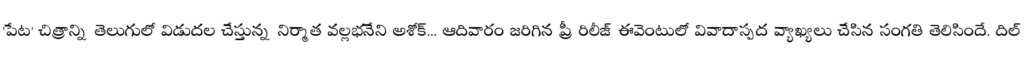
'పేట' చిత్రాన్ని తెలుగులో విడుదల చేస్తున్న నిర్మాత వల్లభనేని అశోక్... ఆదివారం జరిగిన ప్రీ రిలీజ్ ఈవెంటులో వివాదాస్పద వ్యాఖ్యలు చేసిన సంగతి తెలిసిందే. దిల్